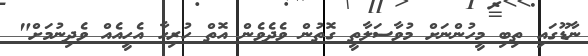
ނާޑޫގައި ތިބި މީހުންނަށް މުވާސަލާތީ ގޮތުން ވެދެވެން އޮތް ހުރިހާ އެހީއެއް ވެދިނުމަށް"